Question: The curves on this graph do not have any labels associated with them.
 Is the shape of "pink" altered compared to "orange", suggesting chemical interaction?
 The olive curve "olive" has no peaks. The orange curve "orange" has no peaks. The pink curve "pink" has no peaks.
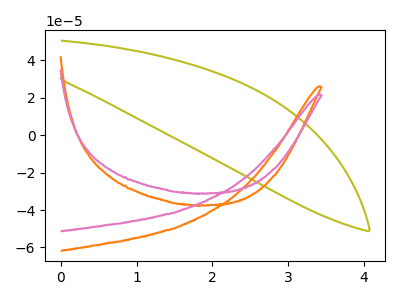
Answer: <think>Neither "pink" or "orange" have any peaks.
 </think>
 <answer>No, "pink" and "orange" don't appear to be significantly different in shape</answer>
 <eval>no_change</eval>